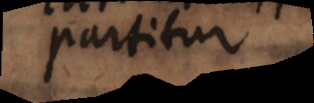
partitur